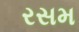
રસમ